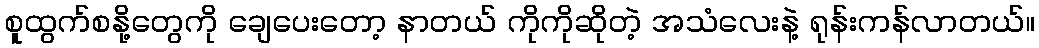
စူထွက်စနို့တွေကို ချေပေးတော့ နာတယ် ကိုကိုဆိုတဲ့ အသံလေးနဲ့ ရုန်းကန်လာတယ်။